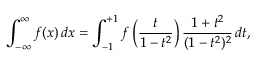
\int _ { - \infty } ^ { \infty } f ( x ) \, d x = \int _ { - 1 } ^ { + 1 } f \left( { \frac { t } { 1 - t ^ { 2 } } } \right) { \frac { 1 + t ^ { 2 } } { ( 1 - t ^ { 2 } ) ^ { 2 } } } \, d t ,